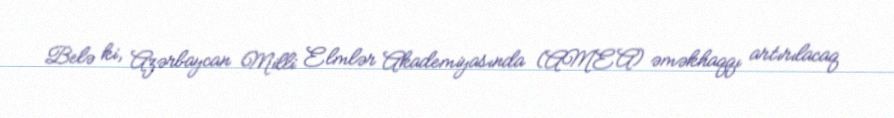
Belə ki, Azərbaycan Milli Elmlər Akademiyasında (AMEA) əməkhaqqı artırılacaq